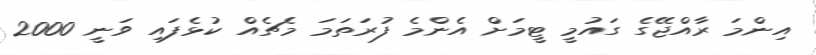
އިންމަ ރާއްޖޭގެ ގައުމީ ޓީމަށް އެންމެ ފުރަތަމަ މެޗެއް ކުޅެފައި ވަނީ 2000